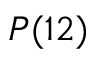
P ( 1 2 )